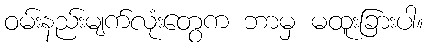
ဝမ်းနည်းမျက်လုံးတွေက ဘာမှ မထူးခြားပါ။